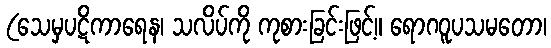
(သေမှပဋိကာရေန၊ သလိပ်ကို ကုစားခြင်းဖြင့်။ ရောဂဝူပသမတော၊